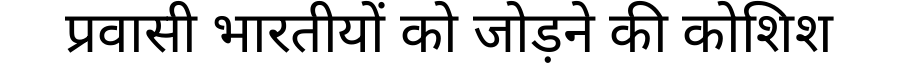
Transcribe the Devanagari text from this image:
प्रवासी भारतीयों को जोड़ने की कोशिश